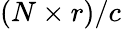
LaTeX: (N\times r)/c